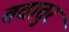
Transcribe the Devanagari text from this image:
तवातुर